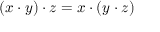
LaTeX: ( x \cdot y ) \cdot z = x \cdot ( y \cdot z )